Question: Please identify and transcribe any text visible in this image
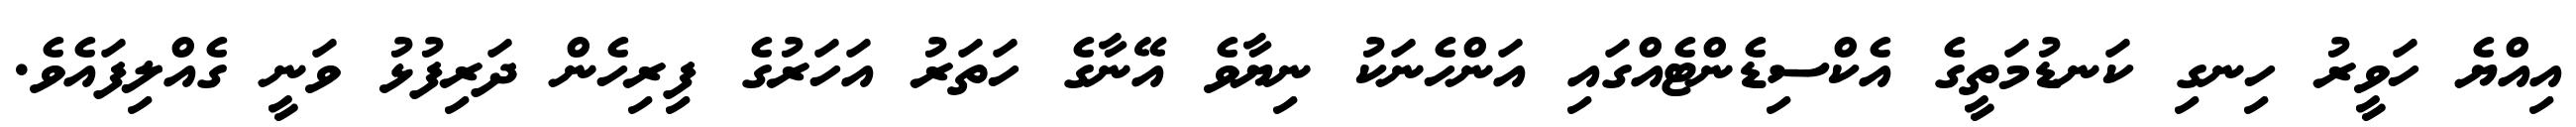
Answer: އިއްޔެ ހަވީރު ހިނގި ކަނޑުމަތީގެ އެކްސިޑެންޓެއްގައި އަންހެނަކު ނިޔާވެ އޭނާގެ ހަތަރު އަހަރުގެ ފިރިހެން ދަރިފުޅު ވަނީ ގެއްލިފައެވެ.